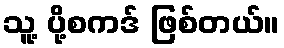
သူ့ ပို့စကဒ် ဖြစ်တယ်။